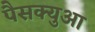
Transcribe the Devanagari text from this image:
पैसक्युआ